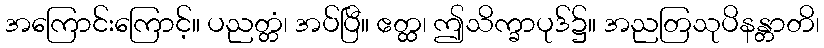
အကြောင်းကြောင့်။ ပညတ္တံ၊ အပ်ပြီ။ ဧတ္ထ၊ ဤသိက္ခာပုဒ်၌။ အညတြသုပိနန္တာတိ၊